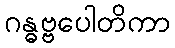
ဂန္ဓဗ္ဗပေါတိကာ